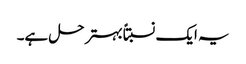
یہ ایک نسبتاًبہتر حل ہے۔